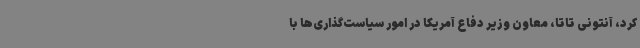
کرد، آنتونی تاتا، معاون وزیر دفاع آمریکا در امور سیاست‌گذاری‌ها با